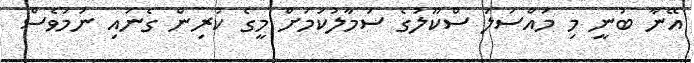
އޭނާ ބުނީ މި މައްސަލަ ސްކޫލުގެ ސަމާލުކަމަށް މީގެ ކުރިން ގެނައި ނަމަވެސް